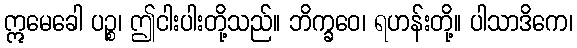
ဣမေခေါ ပဉ္စ၊ ဤငါးပါးတို့သည်။ ဘိက္ခဝေ၊ ရဟန်းတို့။ ပါသာဒိကေ၊